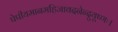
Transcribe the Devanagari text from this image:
पेपीयमानमहिजावदनेन्दुयूष्णः।